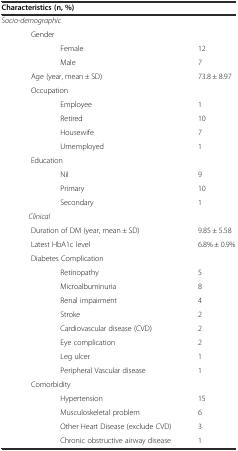
<table><thead><tr><td colspan="3"><b>Characteristics (n, %)</b></td><td></td></tr></thead><tbody><tr><td colspan="3"><i>Socio-demographic</i></td><td></td></tr><tr><td></td><td colspan="2">Gender</td><td></td></tr><tr><td></td><td></td><td>Female</td><td>12</td></tr><tr><td></td><td></td><td>Male</td><td>7</td></tr><tr><td></td><td colspan="2">Age (year, mean ± SD)</td><td>73.8 ± 8.97</td></tr><tr><td></td><td colspan="2">Occupation</td><td></td></tr><tr><td></td><td></td><td>Employee</td><td>1</td></tr><tr><td></td><td></td><td>Retired</td><td>10</td></tr><tr><td></td><td></td><td>Housewife</td><td>7</td></tr><tr><td></td><td></td><td>Umemployed</td><td>1</td></tr><tr><td></td><td colspan="2">Education</td><td></td></tr><tr><td></td><td></td><td>Nil</td><td>9</td></tr><tr><td></td><td></td><td>Primary</td><td>10</td></tr><tr><td></td><td></td><td>Secondary</td><td>1</td></tr><tr><td colspan="3"><i>Clinical</i></td><td></td></tr><tr><td></td><td colspan="2">Duration of DM (year, mean ± SD)</td><td>9.85 ± 5.58</td></tr><tr><td></td><td colspan="2">Latest HbA1c level</td><td>6.8% ± 0.9%</td></tr><tr><td></td><td colspan="2">Diabetes Complication</td><td></td></tr><tr><td></td><td></td><td>Retinopathy</td><td>5</td></tr><tr><td></td><td></td><td>Microalbuminuria</td><td>8</td></tr><tr><td></td><td></td><td>Renal impairment</td><td>4</td></tr><tr><td></td><td></td><td>Stroke</td><td>2</td></tr><tr><td></td><td></td><td>Cardiovascular disease (CVD)</td><td>2</td></tr><tr><td></td><td></td><td>Eye complication</td><td>2</td></tr><tr><td></td><td></td><td>Leg ulcer</td><td>1</td></tr><tr><td></td><td></td><td>Peripheral Vascular disease</td><td>1</td></tr><tr><td></td><td colspan="2">Comorbidity</td><td></td></tr><tr><td></td><td></td><td>Hypertension</td><td>15</td></tr><tr><td></td><td></td><td>Musculoskeletal problem</td><td>6</td></tr><tr><td></td><td></td><td>Other Heart Disease (exclude CVD)</td><td>3</td></tr><tr><td></td><td></td><td>Chronic obstructive airway disease</td><td>1</td></tr></tbody></table>